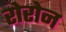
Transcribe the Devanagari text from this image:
रोरोन